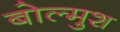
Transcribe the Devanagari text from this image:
बोल्मुश